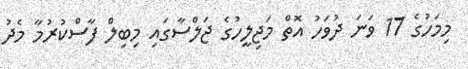
މިމަހުގެ 17 ވަނަ ދުވަހު އޮތް މަޖިލީހުގެ ޖަލްސާގައި މިބިލް ފާސްކުރުމާ މެދު